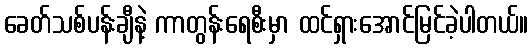
ခေတ်သစ်ပန်းချီနဲ့ ကာတွန်းရေစီးမှာ ထင်ရှားအောင်မြင်ခဲ့ပါတယ်။